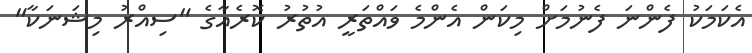
އެކަމަކު ފެންނަ ފެނުމަށް މިކަން އެންމެ ވައްތަރީ އުތުރު ކޮރެއާގެ "ސިއްރު މިޝަނަކާ"